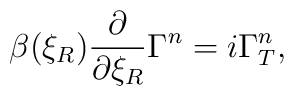
\beta(\xi_R){\partial \over \partial\xi_R}\Gamma^{n}=i\Gamma_{T}^{n},